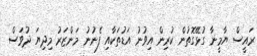
ރައީސް ޔާމީނާ ގުޅޭގޮތުން ކުރިން އިވުނު އަޑުތަކާއި ފެނުނު މަންޒަރު މިދިޔަ ދުވަސް